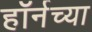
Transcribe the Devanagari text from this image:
हाॅर्नच्या